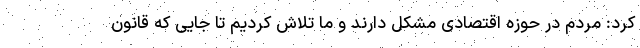
کرد: مردم در حوزه اقتصادی مشکل دارند و ما تلاش کردیم تا جایی که قانون